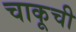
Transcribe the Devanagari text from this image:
चाकूची